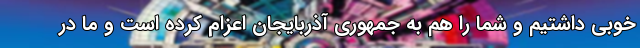
خوبی داشتیم و شما را هم به جمهوری آذربایجان اعزام کرده است و ما در